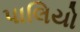
પાલિયો